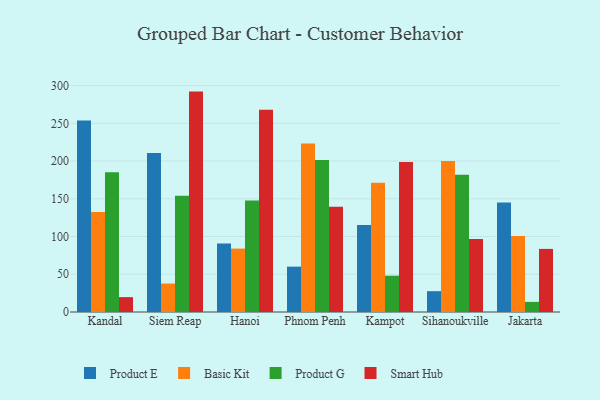
{"axis": {"x": "City", "y": "Demand Index"}, "legend": ["Basic Kit", "Product E", "Product G", "Smart Hub"], "data": [{"x": "Kandal", "y": 253.8, "type": "Product E"}, {"x": "Kandal", "y": 132.4, "type": "Basic Kit"}, {"x": "Kandal", "y": 185.2, "type": "Product G"}, {"x": "Kandal", "y": 19.7, "type": "Smart Hub"}, {"x": "Siem Reap", "y": 210.7, "type": "Product E"}, {"x": "Siem Reap", "y": 37.7, "type": "Basic Kit"}, {"x": "Siem Reap", "y": 154.0, "type": "Product G"}, {"x": "Siem Reap", "y": 292.0, "type": "Smart Hub"}, {"x": "Hanoi", "y": 90.9, "type": "Product E"}, {"x": "Hanoi", "y": 84.0, "type": "Basic Kit"}, {"x": "Hanoi", "y": 147.8, "type": "Product G"}, {"x": "Hanoi", "y": 268.0, "type": "Smart Hub"}, {"x": "Phnom Penh", "y": 60.1, "type": "Product E"}, {"x": "Phnom Penh", "y": 223.2, "type": "Basic Kit"}, {"x": "Phnom Penh", "y": 201.5, "type": "Product G"}, {"x": "Phnom Penh", "y": 139.5, "type": "Smart Hub"}, {"x": "Kampot", "y": 115.3, "type": "Product E"}, {"x": "Kampot", "y": 171.1, "type": "Basic Kit"}, {"x": "Kampot", "y": 48.1, "type": "Product G"}, {"x": "Kampot", "y": 198.8, "type": "Smart Hub"}, {"x": "Sihanoukville", "y": 27.6, "type": "Product E"}, {"x": "Sihanoukville", "y": 200.1, "type": "Basic Kit"}, {"x": "Sihanoukville", "y": 181.8, "type": "Product G"}, {"x": "Sihanoukville", "y": 96.8, "type": "Smart Hub"}, {"x": "Jakarta", "y": 145.2, "type": "Product E"}, {"x": "Jakarta", "y": 100.7, "type": "Basic Kit"}, {"x": "Jakarta", "y": 13.4, "type": "Product G"}, {"x": "Jakarta", "y": 83.6, "type": "Smart Hub"}]}